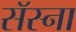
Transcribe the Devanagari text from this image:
सॅस्ना